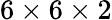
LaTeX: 6\times 6\times 2